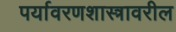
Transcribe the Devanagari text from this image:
पर्यावरणशास्त्रावरील